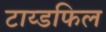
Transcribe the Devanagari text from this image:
टाय्डफिल